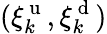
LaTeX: (\xi_{k}^{\mathrm{~u~}},\xi_{k}^{\mathrm{~d~}})